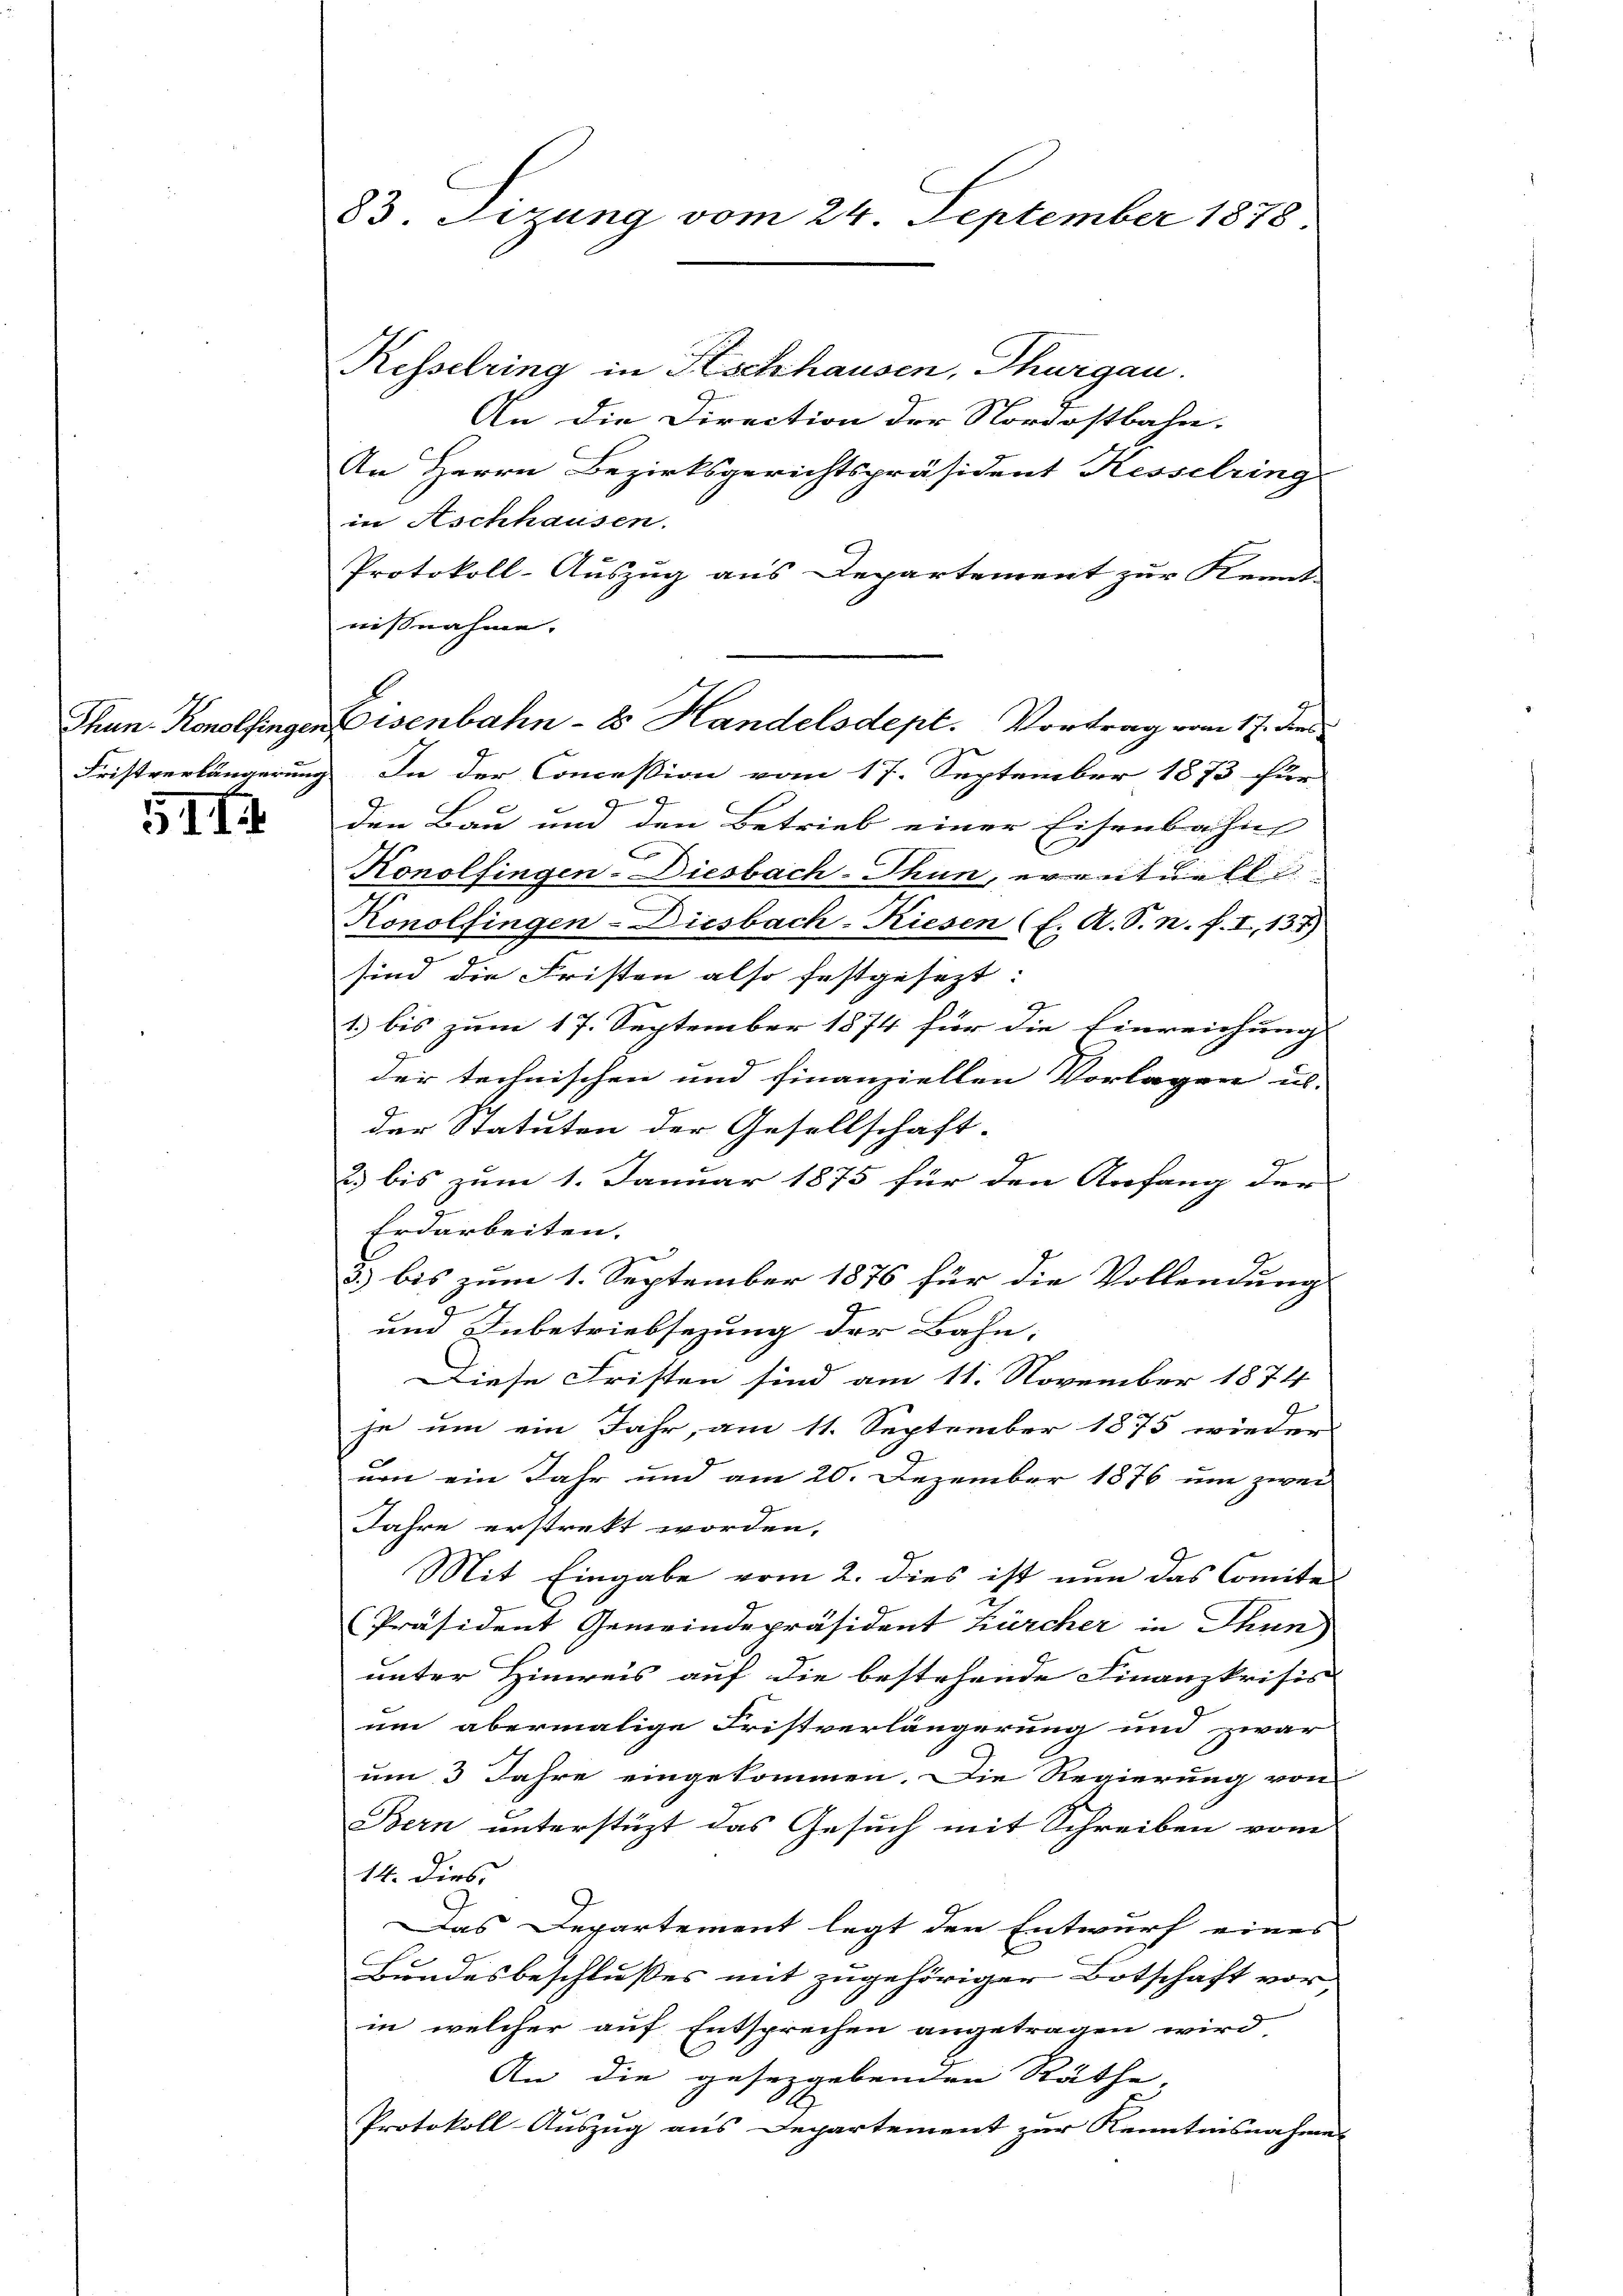
II

83. Sizung vom 24. September 1878.

Thun. Konolfingen Eisenbahn - 8 Handelsdept. Vortrag vom 17. des

Kesselring in Kischhausen, Thurgau.
An die Direction der Nordostbahn.
An Herrn Bezirksgerichtspräsident Kesselring
in Aschhausen.
Protokoll-Auszug aus Departement zur Kennt
nisnahme.
Fristverlängerung. In der Conceßion vom 17. September 1873 für
den Bau und den Betrieb einer Eisenbahn
e
Konolfingen- Diesbach-Thun, eventuell |
Konolfingen- Diesbach-Riesen (l. A. S. n. F. I, 137)
sind die Fristen also festgesezt. |
1) bis zum 17. September 1874 für die Einreichung
der technischen und finanziellen Vorlagen u.
der Statuten der Gesellschaft-
2.) bis zum 1. Januar 1875 für den Anfang der
Erdarbeiten.
3
3) bis zum 1. September 1876 für die Vollendung
und Inbetriebsezung der Bahn.
Diese Fristen sind am 11. November 1874
je um ein Jahr, am 11. September 1875 wieder
um ein Jahr und am 20. Dezember 1876 um zwei
Jahre erstrekt worden.
Mit Eingabe vom 2. Dies ist nun das Comite
Präsident Gemeindepräsident kürcher in Thun)
unter Hinreis auf die bestehende Finanzkrisis
um abermalige Fristverlängerung und zwar
um 3 Jahre eingekommen. Die Regierung von
Bern unterstüzt das Gesuch mit Schreiben vom
14. Dies
Das Departement legt den Entwurf eines
Bundesbeschlußes mit zugehöriger Botschaft vor,
in welcher auf Entsprechen angetragen wird,
An die gesezgebenden Räthe,
Protokoll-Auszug aus Departement zur Kenntnisnahme